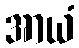
အာယံ